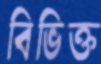
বিভিক্ত